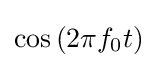
\cos \left(2\pi f_{0}t\right)